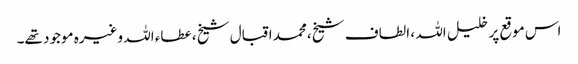
اس موقع پر خلیل اللہ ، الطاف شیخ ،محمد اقبال شیخ ، عطاء اللہ وغیرہ موجود تھے۔